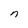
Character: n